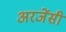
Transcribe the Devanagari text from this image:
अरजेंसी